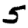
Digit: 5